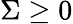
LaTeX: \Sigma\geq 0